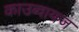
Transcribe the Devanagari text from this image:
काउब्वायज